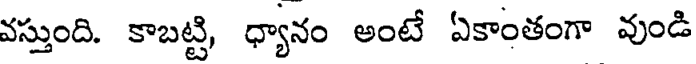
వస్తుంది. కాబట్టి, ధ్యానం అంటే ఏకాంతంగా వుండి